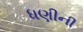
ધણીની